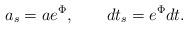
LaTeX: \begin{align*}a_s=ae^{\Phi},\qquad dt_s=e^{\Phi}dt.\end{align*}